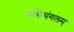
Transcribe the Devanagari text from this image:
मणिमंगलम्